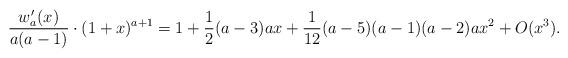
LaTeX: \begin{align*}\frac{w_a'(x) }{a(a-1)} \cdot (1+x)^{a+1} = 1 + \frac{1}{2}(a - 3)ax + \frac{1}{12}(a - 5)(a - 1)(a - 2)ax^2 + O(x^3).\end{align*}